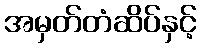
အမှတ်တံဆိပ်နှင့်